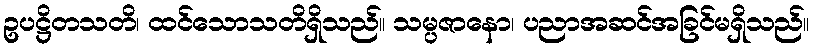
ဥပဋ္ဌိတသတိ၊ ထင်သောသတိရှိသည်။ သမ္ပဇာနော၊ ပညာအဆင်အခြင်မရှိသည်။